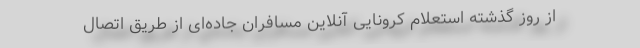
از روز گذشته استعلام کرونایی آنلاین مسافران جاده‌ای از طریق اتصال